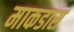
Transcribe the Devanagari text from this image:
माकडास